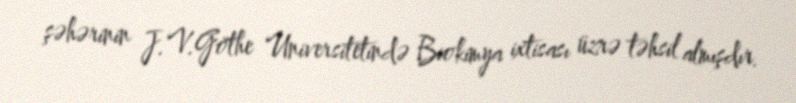
şəhərinin J.V.Göthe Universitetində Biokimya ixtisası üzrə təhsil almışdır.